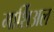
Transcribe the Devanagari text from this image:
मार्शिअल